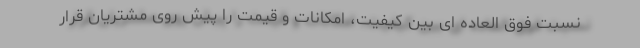
نسبت فوق العاده ای بین کیفیت، امکانات و قیمت را پیش روی مشتریان قرار